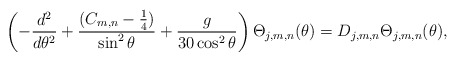
\begin{align*}\left( -\frac{d^{2}}{d\theta ^{2}}+\frac{(C_{m,n}-\frac{1}{4})}{\sin ^{2}\theta }+\frac{g}{30 \cos^2\theta} \right) \Theta_{j,m,n} (\theta )=D_{j,m,n} \Theta_{j,m,n} (\theta ), \end{align*}